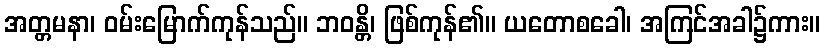
အတ္တမနာ၊ ဝမ်းမြောက်ကုန်သည်။ ဘဝန္တိ၊ ဖြစ်ကုန်၏။ ယတောစခေါ၊ အကြင်အခါ၌ကား။